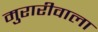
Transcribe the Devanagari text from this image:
मुरारीवाला